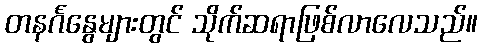
တနင်္ဂနွေများတွင် သိုက်ဆရာဖြစ်လာလေသည်။